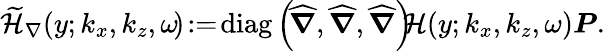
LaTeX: \begin{array}{r}{\mathcal{\widetilde{H}}_{\nabla}(y;k_{x},k_{z},\omega\! )\! :=\! \mathrm{diag}\left(\! \boldsymbol{\widehat{\nabla}},\boldsymbol{\widehat{\nabla}},\boldsymbol{\widehat{\nabla}}\right)\! \! \mathcal{H}(y;k_{x},k_{z},\omega)\boldsymbol{P}.}\end{array}